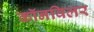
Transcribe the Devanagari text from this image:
कॉनविलर